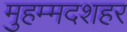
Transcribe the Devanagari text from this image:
मुहम्मदशहर